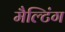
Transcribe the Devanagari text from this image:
मैल्टिंग